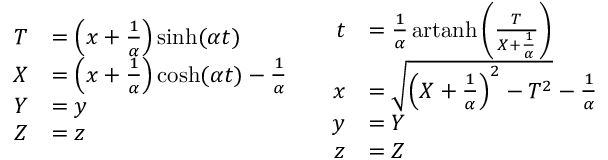
{ \begin{array} { c c } { { \begin{array} { r l } { T } & { = \left( x + { \frac { 1 } { \alpha } } \right) \sinh ( \alpha t ) } \\ { X } & { = \left( x + { \frac { 1 } { \alpha } } \right) \cosh ( \alpha t ) - { \frac { 1 } { \alpha } } } \\ { Y } & { = y } \\ { Z } & { = z } \end{array} } } & { { \begin{array} { r l } { t } & { = { \frac { 1 } { \alpha } } \operatorname { a r t a n h } \left( { \frac { T } { X + { \frac { 1 } { \alpha } } } } \right) } \\ { x } & { = { \sqrt { \left( X + { \frac { 1 } { \alpha } } \right) ^ { 2 } - T ^ { 2 } } } - { \frac { 1 } { \alpha } } } \\ { y } & { = Y } \\ { z } & { = Z } \end{array} } } \end{array} }